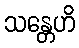
သန္တေဟိ